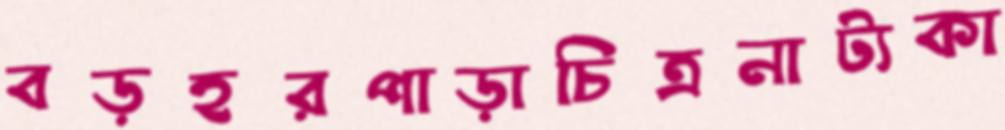
বড়হরপাড়াচিত্রনাট্যকা